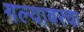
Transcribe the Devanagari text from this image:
गल्यावरचा